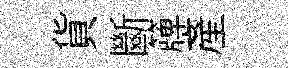
貨斷簰産